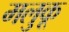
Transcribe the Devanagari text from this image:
मलुकू